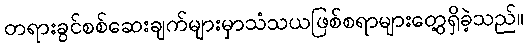
တရားခွင်စစ်ဆေးချက်များမှာသံသယဖြစ်စရာများတွေ့ရှိခဲ့သည်။